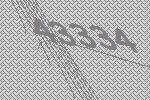
43334